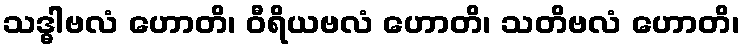
သဒ္ဓါဗလံ ဟောတိ၊ ဝီရိယဗလံ ဟောတိ၊ သတိဗလံ ဟောတိ၊